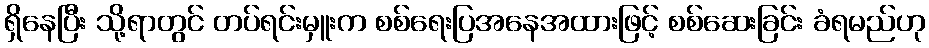
ရှိနေပြီး သို့ရာတွင် တပ်ရင်းမှူးက စစ်ရေးပြအနေအထားဖြင့် စစ်ဆေးခြင်း ခံရမည်ဟု